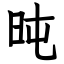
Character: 旽